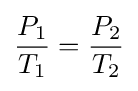
{\frac {P_{1}}{T_{1}}}={\frac {P_{2}}{T_{2}}}